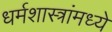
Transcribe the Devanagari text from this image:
धर्मशास्त्रांमध्ये